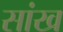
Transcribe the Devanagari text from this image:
सांख